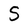
Character: S